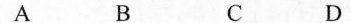
A B C D